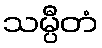
သမ္ပီတံ